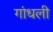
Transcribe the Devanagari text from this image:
गांधली